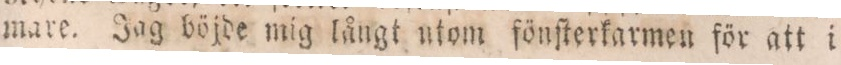
mare. Jag böjde mig långt utom fönſterkarmen för att i